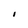
Character: I